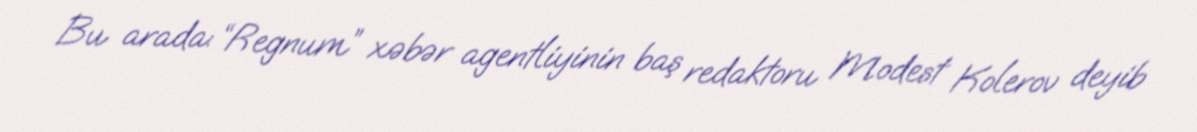
Bu arada: “Regnum” xəbər agentliyinin baş redaktoru Modest Kolerov deyib